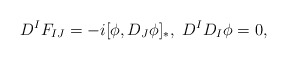
\begin{align*}D^IF_{IJ}=-i[\phi,D_J\phi]_*,\ D^ID_I\phi=0,\end{align*}